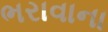
ભરાવાના